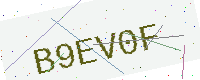
Text: B9EV0F